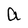
Character: a